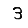
Digit: 3